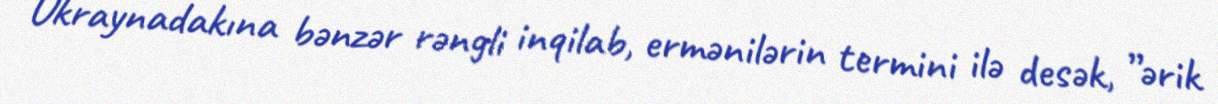
Ukraynadakına bənzər rəngli inqilab, ermənilərin termini ilə desək, ”ərik